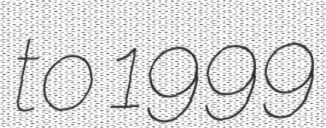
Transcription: to 1999